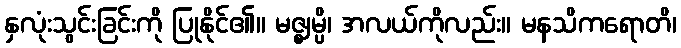
နှလုံးသွင်းခြင်းကို ပြုနိုင်၏။ မဇ္ဈမ္ပိ၊ အလယ်ကိုလည်း။ မနသိကရောတိ၊